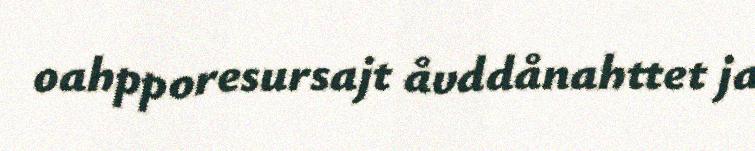
oahpporesursajt åvddånahttet ja